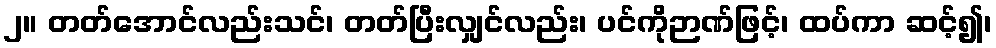
၂။ တတ်အောင်လည်းသင်၊ တတ်ပြီးလျှင်လည်း၊ ပင်ကိုဉာဏ်ဖြင့်၊ ထပ်ကာ ဆင့်၍၊